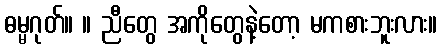
ဓမ္မဂုတ်။ ။ ညီတွေ အကိုတွေနဲ့တော့ မကစားဘူးလား။